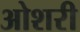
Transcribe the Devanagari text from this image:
ओशरी